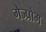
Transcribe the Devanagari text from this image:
गेज्प्रोम